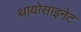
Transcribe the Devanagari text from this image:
थायोसाइनेट